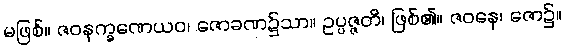
မဖြစ်။ ဇဝနက္ခဏေယဝ၊ ဇောခဏ၌သာ။ ဥပ္ပဇ္ဇတိ၊ ဖြစ်၏။ ဇဝနေ၊ ဇော၌။